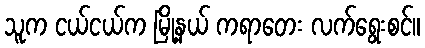
သူက ငယ်ငယ်က မြို့နယ် ကရာတေး လက်ရွေးစင်။